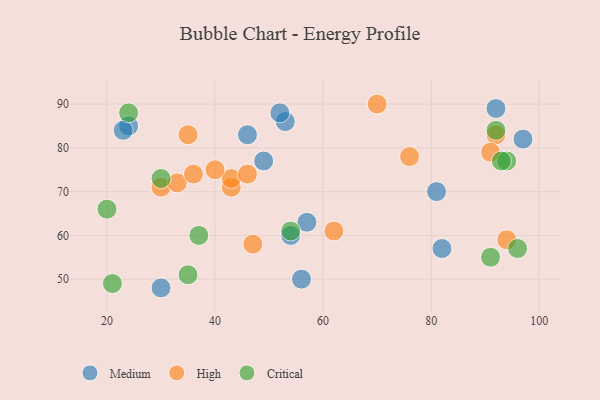
{"axis": {"x": "GDP", "y": "Life Expectancy"}, "legend": ["Critical", "High", "Medium"], "data": [{"x": "49", "y": 77, "type": "Medium"}, {"x": "24", "y": 85, "type": "Medium"}, {"x": "81", "y": 70, "type": "Medium"}, {"x": "23", "y": 84, "type": "Medium"}, {"x": "82", "y": 57, "type": "Medium"}, {"x": "46", "y": 83, "type": "Medium"}, {"x": "57", "y": 63, "type": "Medium"}, {"x": "92", "y": 89, "type": "Medium"}, {"x": "53", "y": 86, "type": "Medium"}, {"x": "54", "y": 60, "type": "Medium"}, {"x": "30", "y": 48, "type": "Medium"}, {"x": "97", "y": 82, "type": "Medium"}, {"x": "56", "y": 50, "type": "Medium"}, {"x": "52", "y": 88, "type": "Medium"}, {"x": "30", "y": 71, "type": "High"}, {"x": "33", "y": 72, "type": "High"}, {"x": "43", "y": 71, "type": "High"}, {"x": "94", "y": 59, "type": "High"}, {"x": "35", "y": 83, "type": "High"}, {"x": "70", "y": 90, "type": "High"}, {"x": "43", "y": 73, "type": "High"}, {"x": "92", "y": 83, "type": "High"}, {"x": "36", "y": 74, "type": "High"}, {"x": "47", "y": 58, "type": "High"}, {"x": "46", "y": 74, "type": "High"}, {"x": "62", "y": 61, "type": "High"}, {"x": "40", "y": 75, "type": "High"}, {"x": "76", "y": 78, "type": "High"}, {"x": "91", "y": 79, "type": "High"}, {"x": "92", "y": 84, "type": "Critical"}, {"x": "35", "y": 51, "type": "Critical"}, {"x": "94", "y": 77, "type": "Critical"}, {"x": "91", "y": 55, "type": "Critical"}, {"x": "30", "y": 73, "type": "Critical"}, {"x": "20", "y": 66, "type": "Critical"}, {"x": "24", "y": 88, "type": "Critical"}, {"x": "96", "y": 57, "type": "Critical"}, {"x": "93", "y": 77, "type": "Critical"}, {"x": "54", "y": 61, "type": "Critical"}, {"x": "37", "y": 60, "type": "Critical"}, {"x": "21", "y": 49, "type": "Critical"}]}